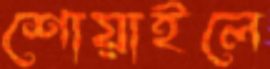
শোয়াইলে